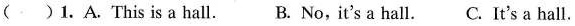
( )1.A. This is a hall. B. No,it's a hall. C. It's a hall.